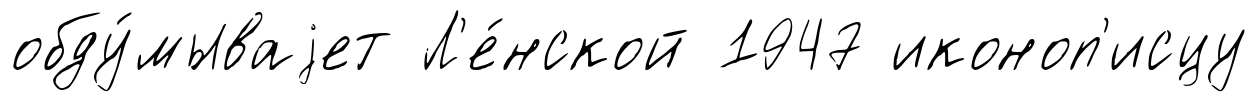
обду́мываjет Л'е́нской 1947 иконоп'исцу